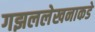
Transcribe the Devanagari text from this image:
गझललेखनाकडे